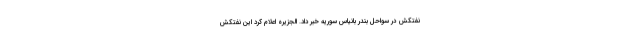
نفتکش در سواحل بندر بانیاس سوریه خبر داد. الجزيره اعلام كرد اين نفتكش